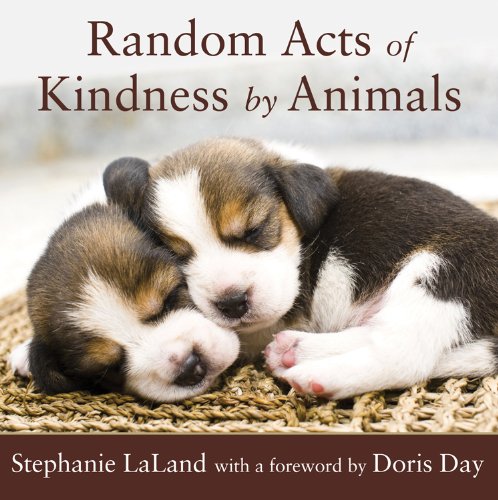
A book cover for Random Acts of Kindness by Animals; Stephanie LaLand; Crafts, Hobbies & Home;